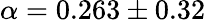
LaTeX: \alpha=0.263\pm 0.32